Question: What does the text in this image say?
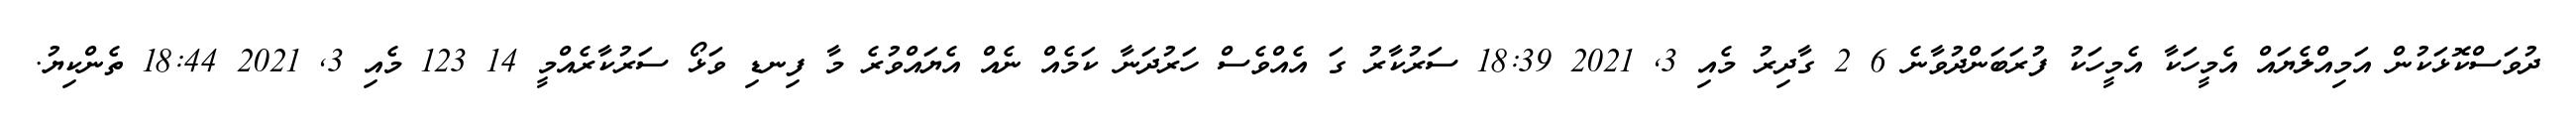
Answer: ދުވަސްކޮޅަކުން އަމިއްލެޔައް އެމީހަކާ އެމީހަކު ފުރަބަންދުވާނެ 6 2 ގާދިރު މެއި 3, 2021 18:39 ސަރުކާރު ގަ އެއްވެސް ހަރުދަނާ ކަމެއް ނެއް އެޔައްވުރެ މާ ފިނޑި ވަޅޯ ސަރުކާރެއްމީ 14 123 މެއި 3, 2021 18:44 ތެންކިޔު.